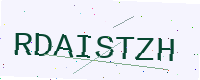
Text: RDAISTZH